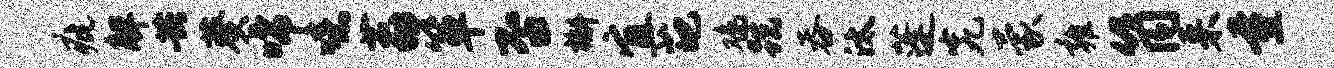
疵解共葵唏噫荔箪否槲宜葩鸡跣吞汰蓬究蒙雍筒来量